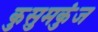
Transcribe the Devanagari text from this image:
कुसुमकुंज